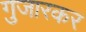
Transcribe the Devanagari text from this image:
गुजारकर